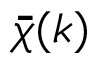
\bar { \bar { \chi } } ( k )